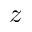
z